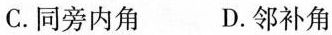
C.同旁内角 D.邻补角